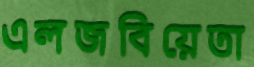
এলজবিয়েতা